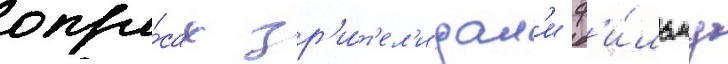
опро́сах зр'и́т'ел'и дал'и ф'и́льму